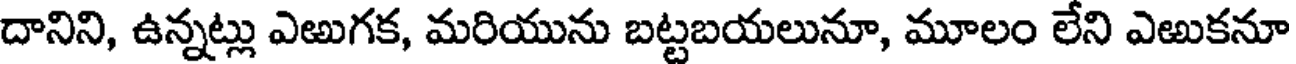
దానిని, ఉన్నట్లు ఎఱుగక, మరియును బట్టబయలునూ, మూలం లేని ఎఱుకనూ